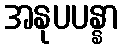
အနုပပန္နာ